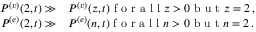
\begin{array} { r } { \begin{array} { r l } { P ^ { ( v ) } ( { 2 } , { t } ) \gg } & { { } P ^ { ( v ) } ( { z } , { t } ) \mathrm { ~ f ~ o ~ r ~ a ~ l ~ l ~ } z > 0 \mathrm { ~ b ~ u ~ t ~ } z = 2 \, , } \\ { P ^ { ( e ) } ( { 2 } , { t } ) \gg } & { { } P ^ { ( e ) } ( { n } , { t } ) \mathrm { ~ f ~ o ~ r ~ a ~ l ~ l ~ } n > 0 \mathrm { ~ b ~ u ~ t ~ } n = 2 \, . } \end{array} } \end{array}